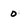
Character: 0